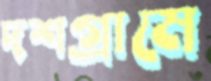
দশগ্রামে